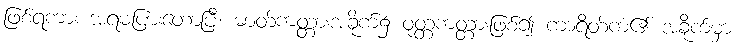
ဖြစ်ရကား အရမပြားတော့ပြီ၊ ဓာတ်ကတ္တားအခိုက်၌ ဝုတ္တကတ္တားဖြစ်၍ ကာရိတ်ကံ၏ အခိုက်မှာ